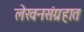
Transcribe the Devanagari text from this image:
लेखनसंग्रहात